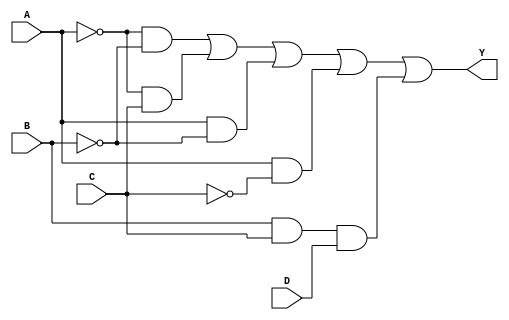
module four_variable_kmap (
    input wire A,  // Input variable A
    input wire B,  // Input variable B
    input wire C,  // Input variable C
    input wire D,  // Input variable D
    output wire Y  // Output Y
);

// Define the output Y based on the K-map simplification
// The simplified expression derived from the K-map is:
// Y = A'B' + A'C + AB' + AC' + BCD

assign Y = (~A & ~B) | (~A & C) | (A & ~B) | (A & ~C) | (B & C & D);

endmodule